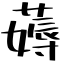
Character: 薅